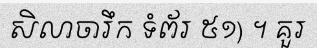
សិលាចារឹក ទំព័រ ៥១) ។ គួរ